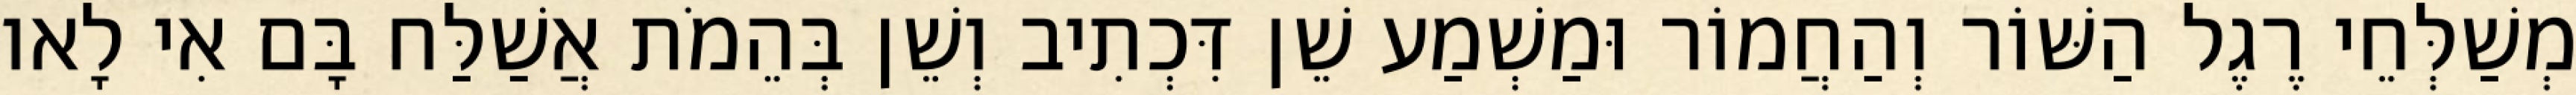
מְשַׁלְּחֵי רֶגֶל הַשּׁוֹר וְהַחֲמוֹר וּמַשְׁמַע שֵׁן דִּכְתִיב וְשֵׁן בְּהֵמֹת אֲשַׁלַּח בָּם אִי לָאו